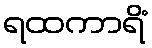
ရထကာရိံ